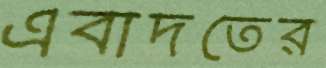
এবাদতের